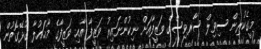
މީގެކުރިން ސިވިލް ސާރވިސްގެ ވަޒީފާއަށް ނިކުންނައިރު ވަޒީފާ އާއި ވަޒީފާގެ މާޙައުލާ ގުޅޭގޮތުން